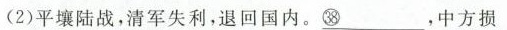
(2)平壤陆战，清军失利，退回国内。\underline{ ㊳}，中方损